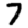
Digit: 7